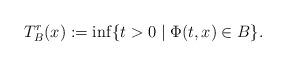
LaTeX: \begin{align*}T^r_B(x):= \inf\{t >0 \mid \Phi(t,x) \in B\}. \end{align*}